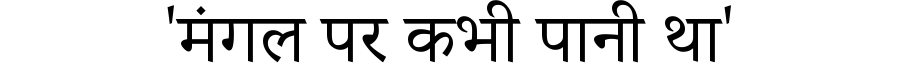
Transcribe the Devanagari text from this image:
'मंगल पर कभी पानी था'